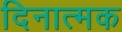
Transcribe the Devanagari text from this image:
दिनात्मक